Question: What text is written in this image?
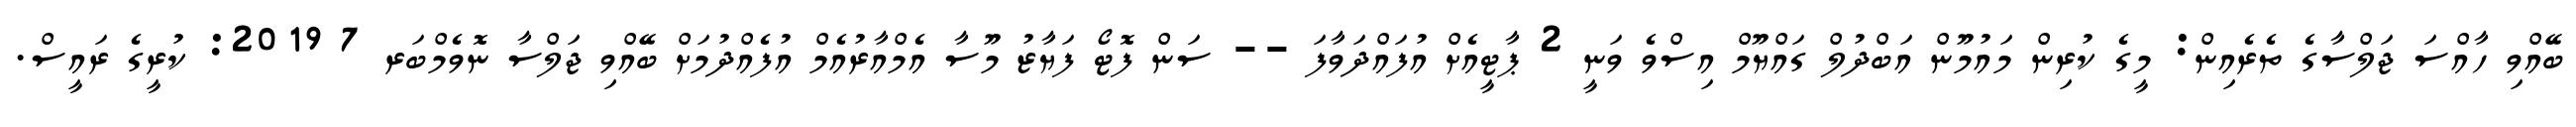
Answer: ބޭއްވި ހާއްސަ ޖަލްސާގެ ތެރެއިން: މީގެ ކުރިން މައުމޫން އަބްދުލް ގައްޔޫމް އިސްވެ ވަނީ 2 ޕާޓީއެށް އުފައްދަވާފަ -- ސަން ފޮޓޯ ފަޔާޒު މޫސާ އެމްއާރުއެމް އުފެއްދުމަށް ބޭއްވި ޖަލްސާ ނޮވެމްބަރ 7 2019: ކުރީގެ ރައީސް.